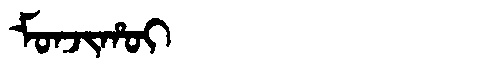
Manchu: ᠮᠣᠨᠵᡳᡥᠣᡳ
Romanization: MONJIHOI